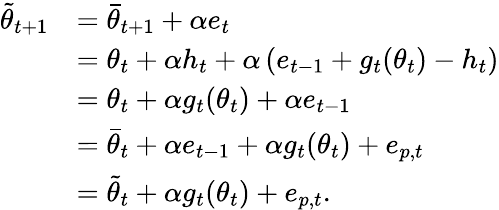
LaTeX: \begin{array}{rl}{\tilde{\theta}_{t+1}}&{=\bar{\theta}_{t+1}+\alpha e_{t}}\\ &{=\theta_{t}+\alpha h_{t}+\alpha\left(e_{t-1}+g_{t}(\theta_{t})-h_{t}\right)}\\ &{=\theta_{t}+\alpha g_{t}(\theta_{t})+\alpha e_{t-1}}\\ &{=\bar{\theta}_{t}+\alpha e_{t-1}+\alpha g_{t}(\theta_{t})+e_{p,t}}\\ &{=\tilde{\theta}_{t}+\alpha g_{t}(\theta_{t})+e_{p,t}.}\end{array}